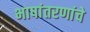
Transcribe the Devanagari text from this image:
भाषांतरणांचे